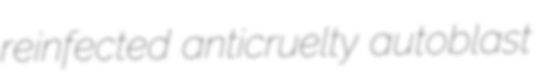
reinfected anticruelty autoblast